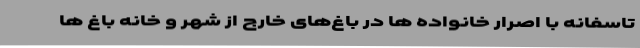
تاسفانه با اصرار خانواده ها در باغ‌های خارج از شهر و خانه باغ ها